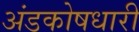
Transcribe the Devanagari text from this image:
अंडकोषधारी